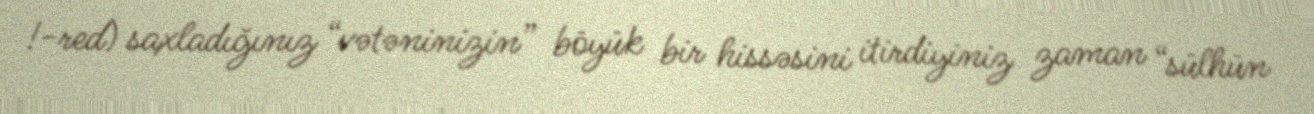
!-red) saxladığınız “vətəninizin” böyük bir hissəsini itirdiyiniz zaman “sülhün